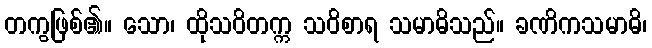
တကွဖြစ်၏။ သော၊ ထိုသဝိတက္က သဝိစာရ သမာဓိသည်။ ခဏိကသမာဓိ၊